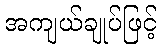
အကျယ်ချုပ်ဖြင့်